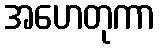
အဟေတုကာ